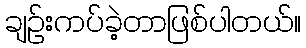
ချဉ်းကပ်ခဲ့တာဖြစ်ပါတယ်။